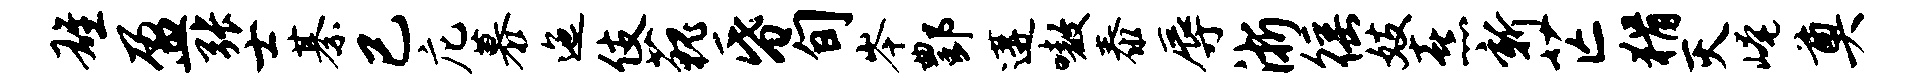
雄盈张士綦已庀慕迤伎藐昏旬岑酆遘嗷泰辱浙徭妓熹新芒猾灭崦奠